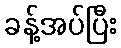
ခန့်အပ်ပြီး